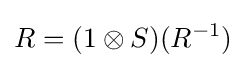
R=(1\otimes S)(R^{-1})